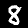
Label: 8